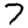
Digit: 7